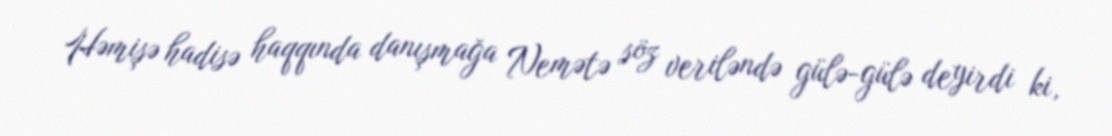
Həmişə hadisə haqqında danışmağa Nemətə söz veriləndə gülə-gülə deyirdi ki,